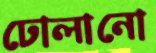
ঢোলানো